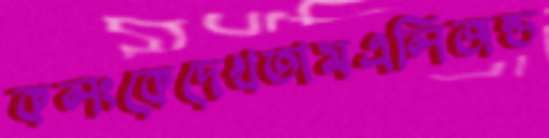
কলংকেদেখতামএলিজন্ড